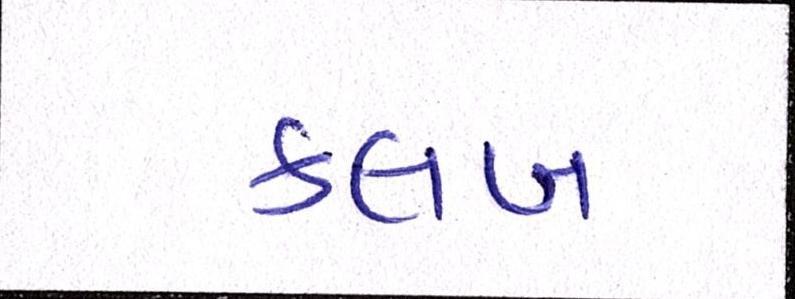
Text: ક્લબ